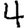
Digit: 4